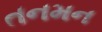
તનમન